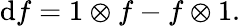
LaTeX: \mathrm{d}f=1\otimes f-f\otimes 1.